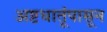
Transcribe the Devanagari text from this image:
अष्टधातूंपासून